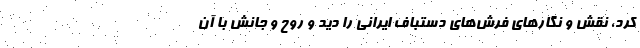
کرد، نقش و نگارهای فرش‌های دستباف ایرانی را دید و روح و جانش با آن